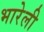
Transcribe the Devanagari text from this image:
भारेली